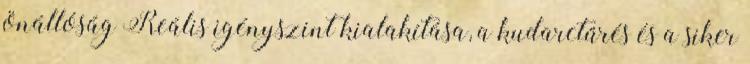
önállóság Reális igényszint kialakítása, a kudarctűrés és a siker